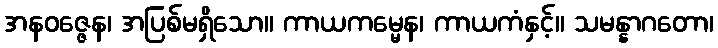
အနဝဇ္ဇေန၊ အပြစ်မရှိသော။ ကာယကမ္မေန၊ ကာယကံနှင့်။ သမန္နာဂတော၊